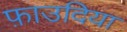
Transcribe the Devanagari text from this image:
फ़ाउदिया